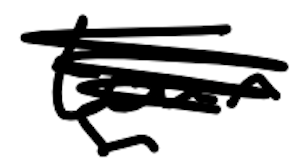
Text: tour
Cross-out: scratch
Writing tool: digital_black